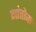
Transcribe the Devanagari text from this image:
गांतोक